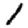
Digit: 1